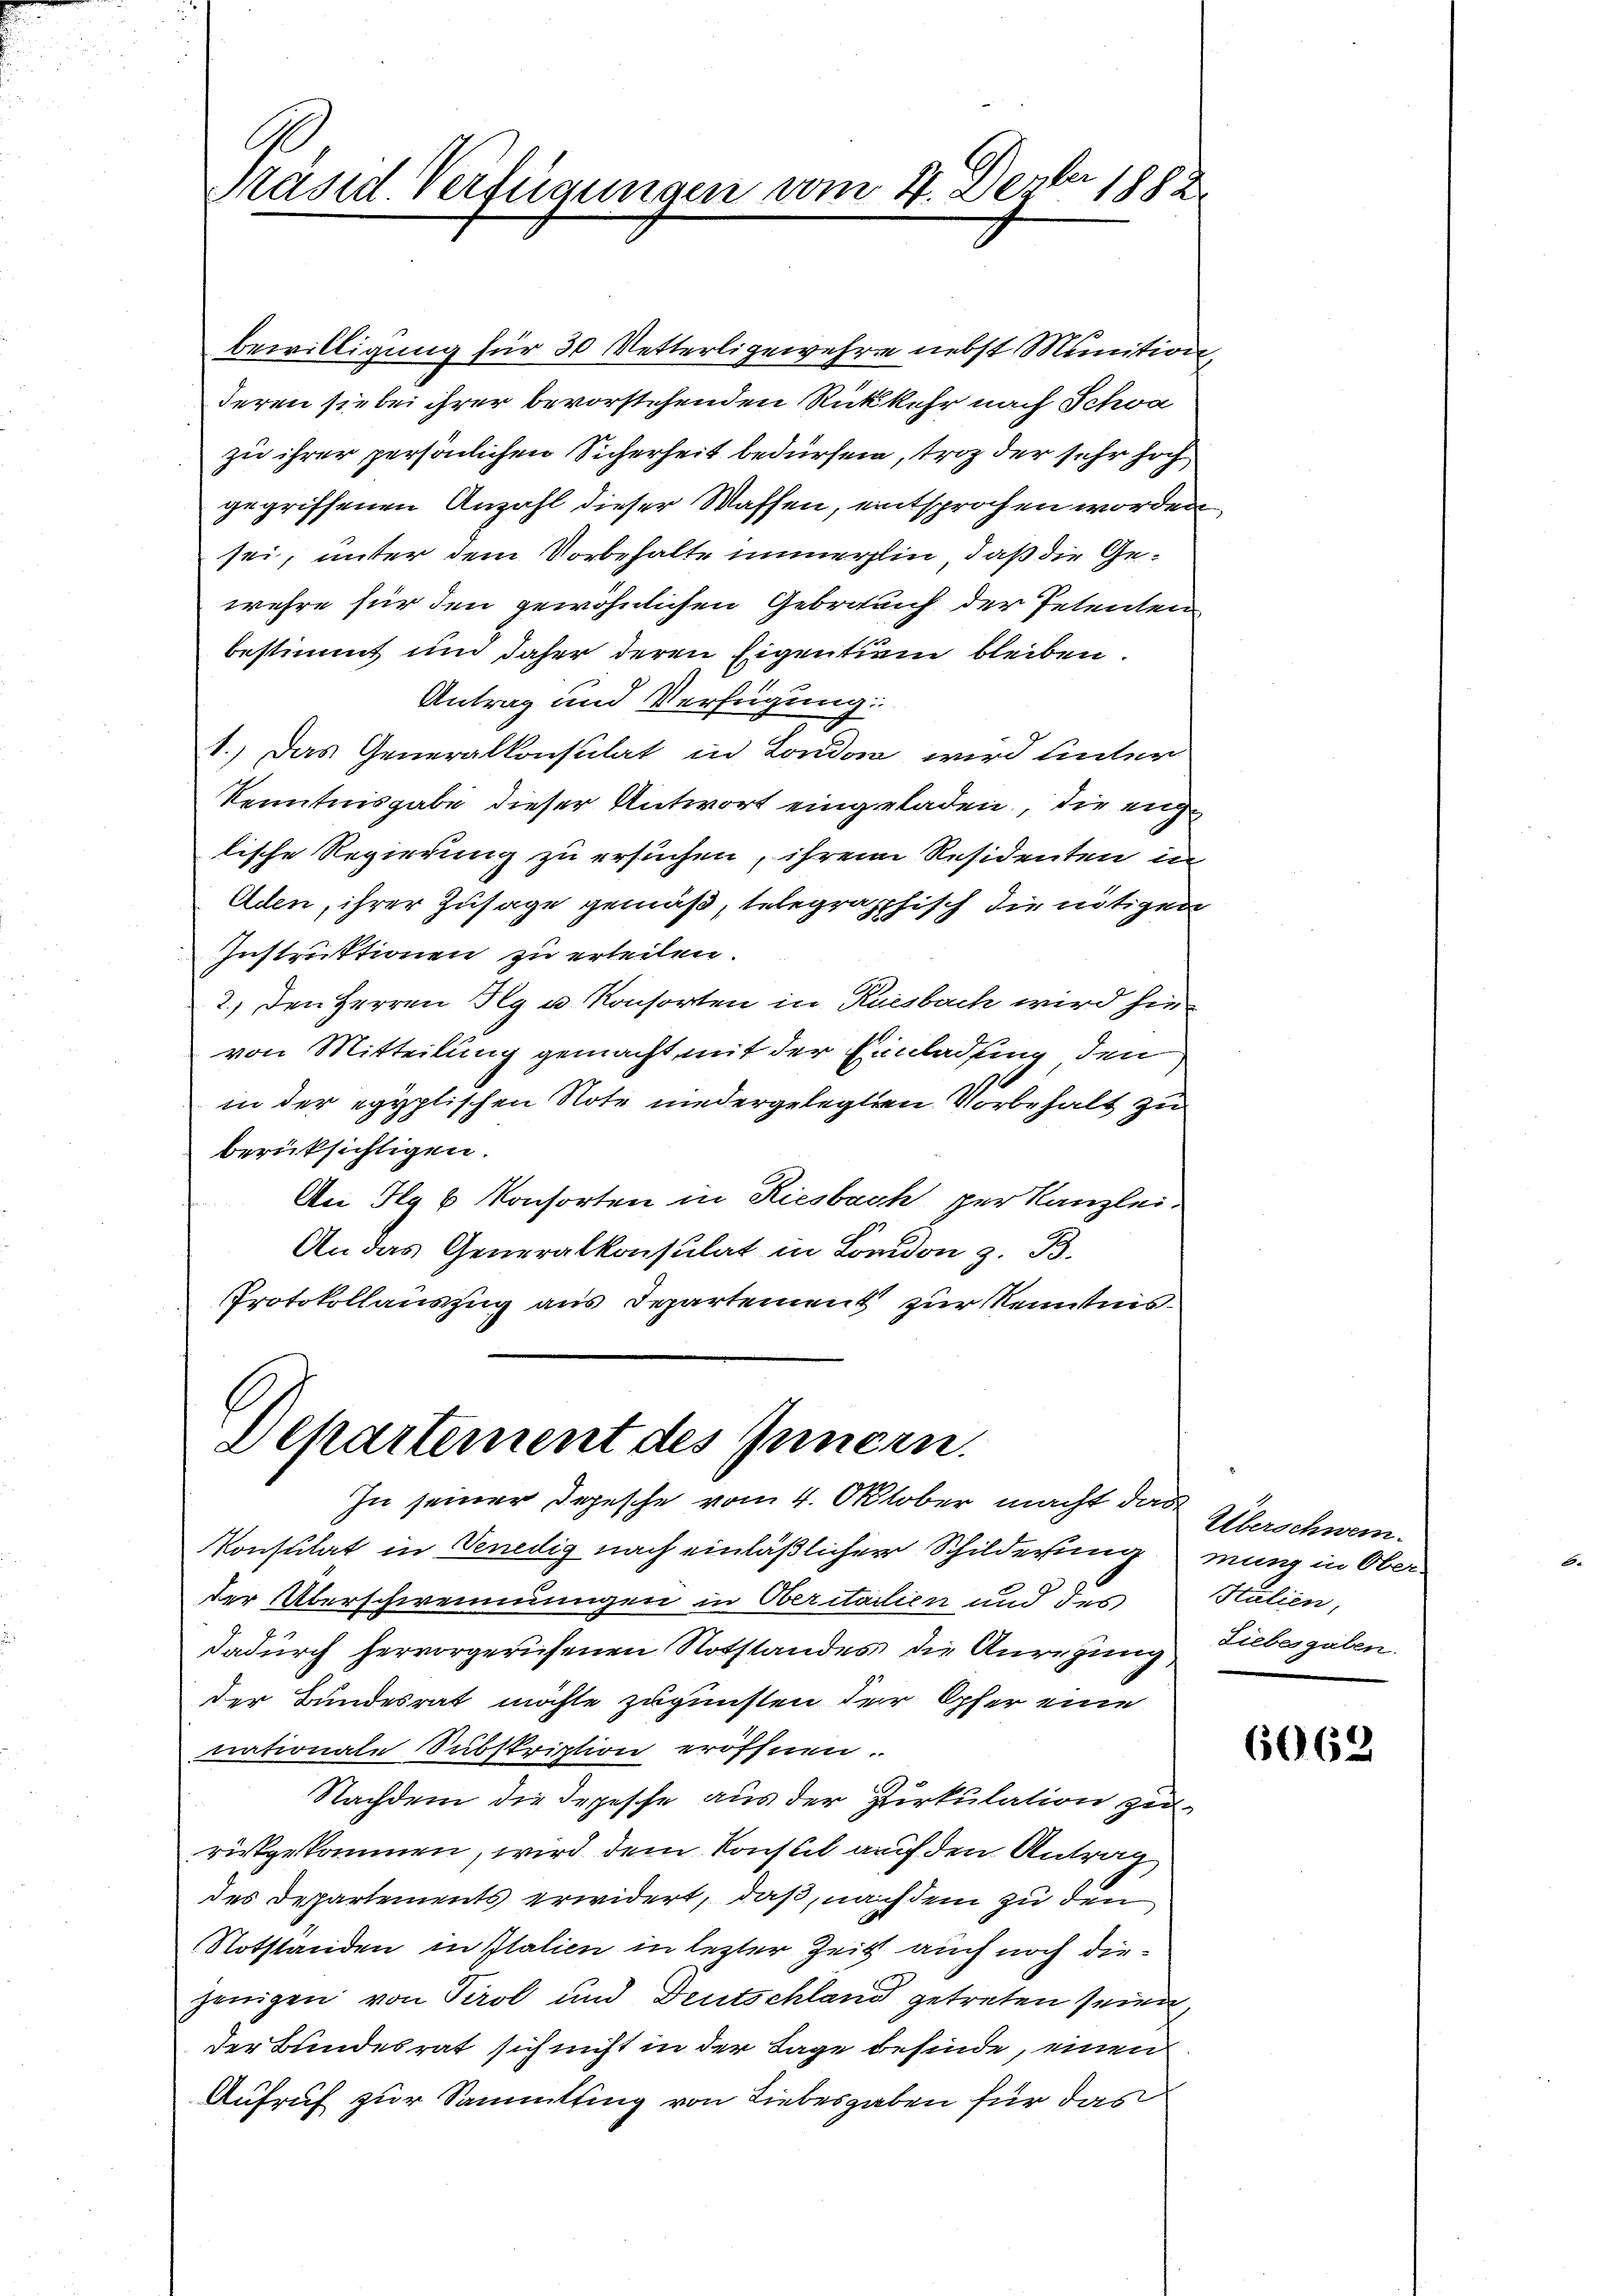
A
Präsid. Verfügungen vom 4. Dezbr 1882.

bewilligung für 30 Vetterligewehr nebst Munition,
deren sie bei ihrer bevorstehenden Rückkehr nach Schon
zu ihrer persönlichen Sicherheit bedürfen, troz der sehr hoch
gegriffenen Anzahl dieser Waffen, entsprochen worden
sei, unter dem Vorbehalte immerlin, daß die Gewehre für den gewöhnlichen Gebrauch der Petenten
bestimmt und daher deren Eigentum bleiben.
Antrag und Verfügung:
1.) Das Generalkonsulat in London wird unter
Kenntnisgabe dieser Antwort eingeladen, die englische Regierung zu ersuchen, ihrem Residenten in
Aden, ihrer Zusage gemäß, telegrapphisch die nötigen
Instruktionen zu erteilen.
2.) Den Herren Ply u. Konsorten in Kuesbach wird hin
von Mitteilung gemacht mit der Einladung den
in der egyptischen Note niedergelegten Vorbehalt zu
berücksichtigen.
An Hlg b. Konsorten in Riesbach per Kanzlei¬
1.
An das Generalkonsulat in London z. B.
Protokollauszug aus Departement zur Kenntnis¬

Departement des Innern.
In seiner Depesche vom 4. Oktober macht dar

Konsulat in Venedig nach einläßlicher Schilderung mung in Oberder Überschwemmungen in Oberitalien und des
dadurch hervorgerufenen Notstandes die Anregung Liebesgaben.
der Bundesrat möchte zugunsten der Opfer eine
nationale Subskription eröffnen.
Nachdem die Depesse aus der Zirkulation zu
ristgekommen, wird dem Konseil auf den Antrag
des Departements erwidert, daß, nach dem zu den
Notstanden in Italien in lezter Zeit auch noch diejenigen von Tirol und Deutschland getreten seien
der Bundesrat sich nicht in der Lage befinde, einen
Aufruf zur Sammtsing von Liebesgaben für das

Überschwei
Stalien,

6062